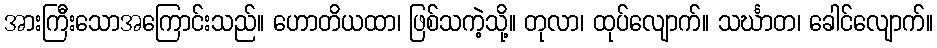
အားကြီးသောအကြောင်းသည်။ ဟောတိယထာ၊ ဖြစ်သကဲ့သို့။ တုလာ၊ ထုပ်လျောက်။ သင်္ဃာတ၊ ခေါင်လျောက်။